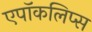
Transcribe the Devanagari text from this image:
एपॉकलिप्स